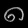
Digit: ၈